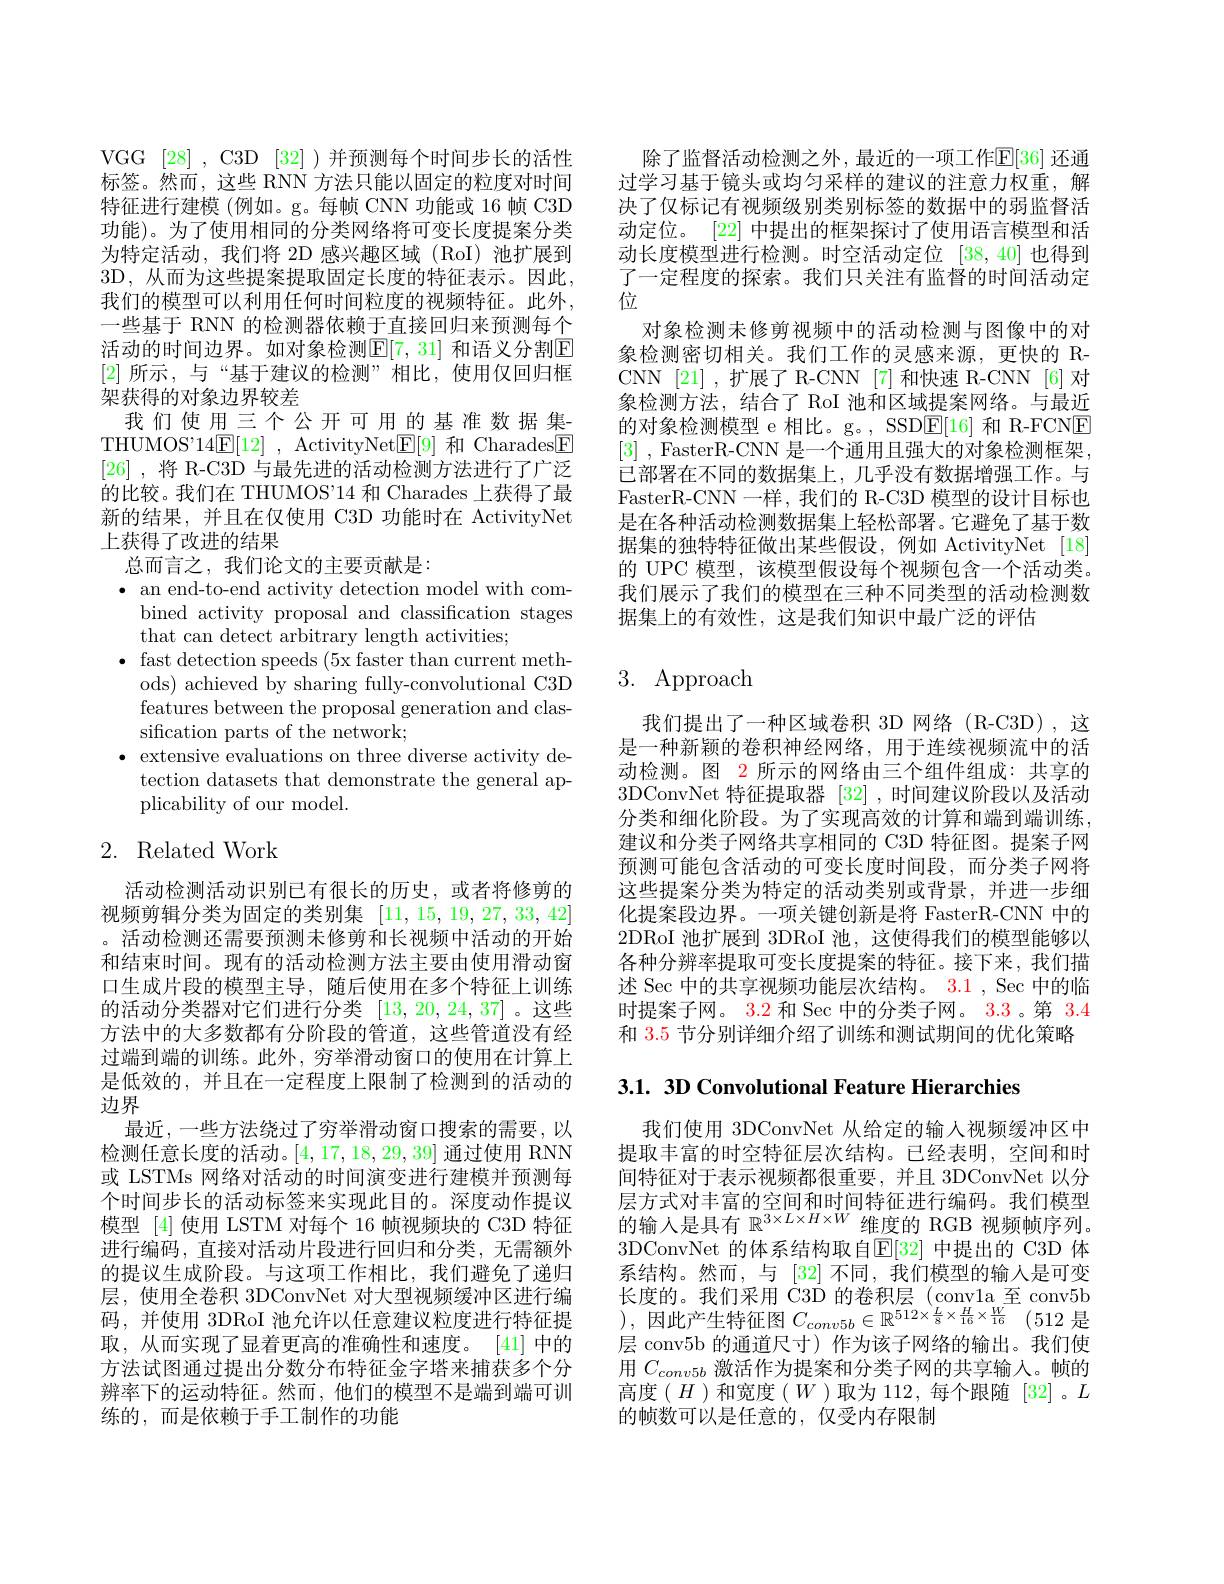
VGG [28] , C3D [32] )并预测每个时间步长的活性标签。然而，这些 RNN 方法只能以固定的粒度对时间特征进行建模 (例如。g。每帧 CNN 功能或 16 帧 C3D 功能)。为了使用相同的分类网络将可变长度提案分类为特定活动，我们将 2D 感兴趣区域(RoI)池扩展到3D,从而为这些提案提取固定长度的特征表示。因此， 我们的模型可以利用任何时间粒度的视频特征。此外， 一些基于 RNN 的检测器依赖于直接回归来预测每个活动的时间边界。如对象检测$\mathbb{E}[7,31]$ 和语义分割$\mathbb{E}$ [2]所示，与“基于建议的检测”相比，使用仅回归框架获得的对象边界较差
我们使用三个公开可用的基准数据集THUMOS'14$\mathbb{E} [ 12]$ , ActivityNet$\mathbb{E}[9]$和 Charades$\mathbb{E}$ [26] ,将 R-C3D 与最先进的活动检测方法进行了广泛的比较。我们在 THUMOS'14 和 Charades 上获得了最新的结果，并且在仅使用 C3D 功能时在 ActivityNet 上获得了改进的结果

总而言之，我们论文的主要贡献是：
$\bullet$ an end-to-end activity detection model with com-
bined activity proposal and classification stages
that can detect arbitrary length activities;
$\bullet$ fast detection speeds (5x faster than current meth-
ods) achieved by sharing fully-convolutional C3D features between the proposal generation and classification parts of the network;
$\bullet$ extensive evaluations on three diverse activity de-
tection datasets that demonstrate the general ap-
plicability of our model.

## 2. Related Work

活动检测活动识别已有很长的历史，或者将修剪的视频剪辑分类为固定的类别集[11,15,19,27,33,42] 。活动检测还需要预测未修剪和长视频中活动的开始和结束时间。现有的活动检测方法主要由使用滑动窗口生成片段的模型主导，随后使用在多个特征上训练的活动分类器对它们进行分类[13,20,24,37]。这些方法中的大多数都有分阶段的管道，这些管道没有经过端到端的训练。此外，穷举滑动窗口的使用在计算上是低效的，并且在一定程度上限制了检测到的活动的边界
最近，一些方法绕过了穷举滑动窗口搜索的需要，以检测任意长度的活动。[4,17,18,29,39]通过使用 RNN 或 LSTMs 网络对活动的时间演变进行建模并预测每个时间步长的活动标签来实现此目的。深度动作提议模型 [4] 使用 LSTM 对每个 16 帧视频块的 C3D 特征进行编码，直接对活动片段进行回归和分类，无需额外的提议生成阶段。与这项工作相比，我们避免了递归层，使用全卷积 3DConvNet 对大型视频缓冲区进行编码，并使用 3DRoI 池允许以任意建议粒度进行特征提取，从而实现了显着更高的准确性和速度。[41]中的方法试图通过提出分数分布特征金字塔来捕获多个分辨率下的运动特征。然而，他们的模型不是端到端可训练的，而是依赖于手工制作的功能

除了监督活动检测之外，最近的一项工作$\mathbb{E}[36]$ 还通过学习基于镜头或均匀采样的建议的注意力权重，解决了仅标记有视频级别类别标签的数据中的弱监督活动定位。[22] 中提出的框架探讨了使用语言模型和活动长度模型进行检测。时空活动定位[38,40]也得到了一定程度的探索。我们只关注有监督的时间活动定位
对象检测未修剪视频中的活动检测与图像中的对象检测密切相关。我们工作的灵感来源，更快的 RCNN [21] ,扩展了 R-CNN [7] 和快速 R-CNN [6] 对象检测方法，结合了 RoI 池和区域提案网络。与最近的对象检测模型 e 相比。g。, SSD$\underline{\mathrm{E}}[16]$和 R-FCNE [3] , FasterR-CNN 是一个通用且强大的对象检测框架， 已部署在不同的数据集上，几乎没有数据增强工作。与FasterR-CNN 一样，我们的 R-C3D 模型的设计目标也是在各种活动检测数据集上轻松部署。它避免了基于数据集的独特特征做出某些假设，例如 ActivityNet[18] 的 UPC 模型，该模型假设每个视频包含一个活动类。我们展示了我们的模型在三种不同类型的活动检测数据集上的有效性，这是我们知识中最广泛的评估

# 3. Approach

我们提出了一种区域卷积 3D 网络(R-C3D),这是一种新颖的卷积神经网络，用于连续视频流中的活动检测。图 2 所示的网络由三个组件组成：共享的3DConvNet 特征提取器[32] ,时间建议阶段以及活动分类和细化阶段。为了实现高效的计算和端到端训练， 建议和分类子网络共享相同的 C3D 特征图。提案子网预测可能包含活动的可变长度时间段，而分类子网将这些提案分类为特定的活动类别或背景，并进一步细化提案段边界。一项关键创新是将 FasterR-CNN 中的2DRoI 池扩展到 3DRoI 池，这使得我们的模型能够以各种分辨率提取可变长度提案的特征。接下来，我们描述 Sec 中的共享视频功能层次结构。3.1 , Sec 中的临时提案子网。3.2 和 Sec 中的分类子网。3.3 。第 3.4和3.5节分别详细介绍了训练和测试期间的优化策略

3.1. 3D Convolutional Feature Hierarchies

我们使用 3DConvNet 从给定的输人视频缓冲区中提取丰富的时空特征层次结构。已经表明，空间和时间特征对于表示视频都很重要，并且 3DConvNet 以分层方式对丰富的空间和时间特征进行编码。我们模型的输入是具有$\mathbb{R}^3\times L\times H\times W$维度的 RGB 视频帧序列。3DConvNet 的体系结构取自$\operatorname{E}[32]$ 中提出的 C3D 体系结构。然而，与 [32] 不同，我们模型的输入是可变长度的。我们采用 C3D 的卷积层 (convla 至 conv5b ),因此产生特征图$C_conv5b\in \mathbb{R} ^{512\times \frac L8\times \frac H{16}\times \frac W{16}}$ (512是层 conv5b 的通道尺寸)作为该子网络的输出。我们使用$C_{conv5b}$激活作为提案和分类子网的共享输入。帧的高度($H$)和宽度($W$)取为112，每个跟随[32]。$L$ 的帧数可以是任意的，仅受内存限制